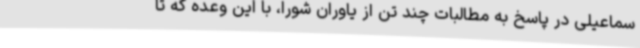
سماعیلی در پاسخ به مطالبات چند تن از یاوران شورا، با این وعده که تا